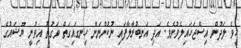
ހީވެ ލަދުން އިސްޖަހައިލެވުނެވެ. އަދި އަނބުރާލާފައި ނުކުންނަން ހިނގައިގަތް ވަގުތު އިވުނީ ޔޫޝައުގެ